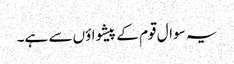
یہ سوال قوم کے پیشواؤں سے ہے۔